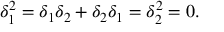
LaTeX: \delta _ { 1 } ^ { 2 } = \delta _ { 1 } \delta _ { 2 } + \delta _ { 2 } \delta _ { 1 } = \delta _ { 2 } ^ { 2 } = 0 .